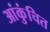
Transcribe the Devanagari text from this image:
आंकुंचित